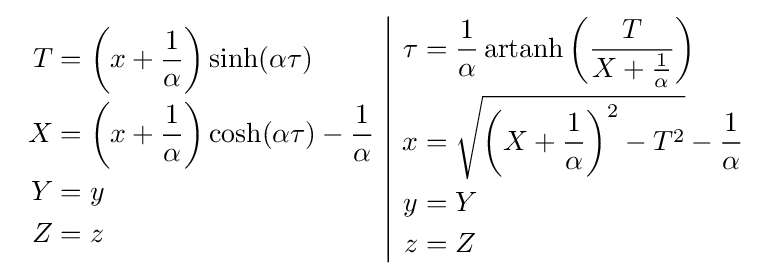
{\begin{array}{c|c}{\begin{aligned}T&=\left(x+{\frac {1}{\alpha }}\right)\sinh(\alpha \tau )\\X&=\left(x+{\frac {1}{\alpha }}\right)\cosh(\alpha \tau )-{\frac {1}{\alpha }}\\Y&=y\\Z&=z\end{aligned}}&{\begin{aligned}\tau &={\frac {1}{\alpha }}\operatorname {artanh} \left({\frac {T}{X+{\frac {1}{\alpha }}}}\right)\\x&={\sqrt {\left(X+{\frac {1}{\alpha }}\right)^{2}-T^{2}}}-{\frac {1}{\alpha }}\\y&=Y\\z&=Z\end{aligned}}\end{array}}